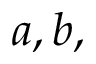
a , b ,